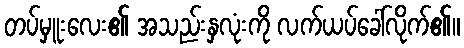
တပ်မှူးလေး၏ အသည်းနှလုံးကို လက်ယပ်ခေါ်လိုက်၏။